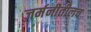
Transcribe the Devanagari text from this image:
जर्मनीतीलच